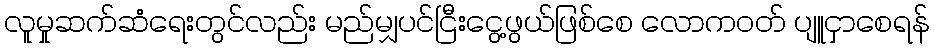
လူမှုဆက်ဆံရေးတွင်လည်း မည်မျှပင်ငြီးငွေ့ဖွယ်ဖြစ်စေ လောကဝတ် ပျူငှာစေရန်